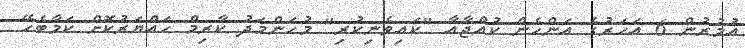
އުމުރުން 6 އަހަރުގެ އަންހެން ކުއްޖާއާ "ކައިވެނިކުރި" މުހަންމަދު ކާރިމް ހައްޔަރުކޮށް ކަމާބެހޭ